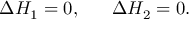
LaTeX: \Delta H _ { 1 } = 0 , ~ ~ ~ ~ ~ \Delta H _ { 2 } = 0 .